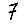
Digit: 7